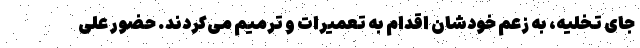
جای تخلیه، به زعم خودشان اقدام به تعمیرات و ترمیم می‌کردند. حضور علی